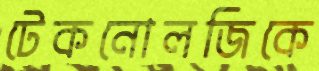
টেকনোলজিকে